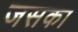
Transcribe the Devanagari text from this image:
जसका